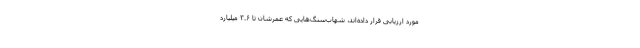
مورد ارزیابی قرار داده‌اند، شهاب‌سنگ‌هایی که عمرشان تا ۳.۶ میلیارد